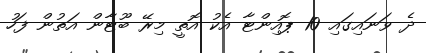
ދެ ވަނައިގައި 10 ޕޮއިންޓާ އެކު އޮތީ މިރޭ ބޫޓާން އަތުން ފަހު